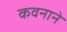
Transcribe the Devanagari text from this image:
कवनाने